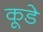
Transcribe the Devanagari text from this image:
कूडे